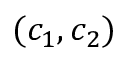
( c _ { 1 } , c _ { 2 } )